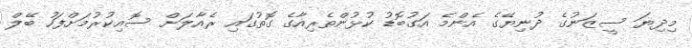
މިދިޔަ ސީޒަނުގެ ދުނިޔޭގެ އެންމެ އަގުބޮޑު ކުޅުންތެރިއާގެ ގޮތުގައި ރެއާލަށް ސޮއިކުރުމަށްފަހު ބޭލް